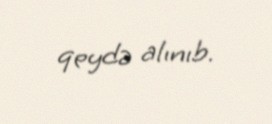
qeydə alınıb.